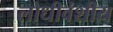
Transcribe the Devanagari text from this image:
लोधीवंशीय